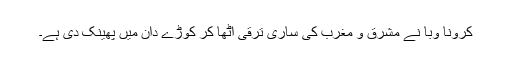
کرونا وَبا نے مشرق و مغرب کی ساری ترقی اٹھا کر کوڑے دان میں پھینک دی ہے۔